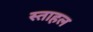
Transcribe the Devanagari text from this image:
स्ताहल